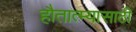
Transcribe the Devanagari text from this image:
हौतात्म्यासाठी